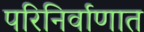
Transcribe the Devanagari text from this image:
परिनिर्वाणात